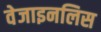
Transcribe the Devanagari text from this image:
वेजाइनलिस